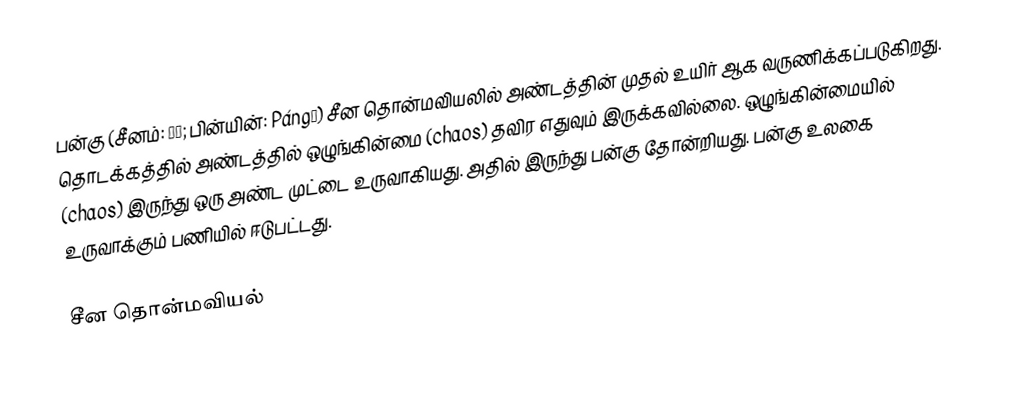
பன்கு (சீனம்: 盘古; பின்யின்: Pángǔ) சீன தொன்மவியலில் அண்டத்தின் முதல் உயிர் ஆக வருணிக்கப்படுகிறது.  தொடக்கத்தில் அண்டத்தில் ஒழுங்கின்மை (chaos) தவிர எதுவும் இருக்கவில்லை.  ஒழுங்கின்மையில் (chaos) இருந்து ஒரு அண்ட முட்டை உருவாகியது.  அதில் இருந்து பன்கு தோன்றியது.  பன்கு உலகை உருவாக்கும் பணியில் ஈடுபட்டது.

சீன தொன்மவியல்